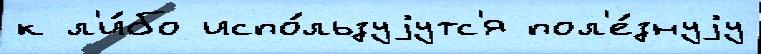
к л'и́бо испо́льзуjутс'я пол'е́знуjу